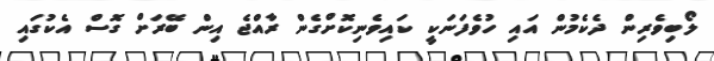
ލޯބިވެރިން ދެކެމުން އައި ހުވެފަނަކީ ކައިވެނިކޮށްގެން ރާއްޖެ އިން ބޭރަށް ގޮސް އެކުގައި